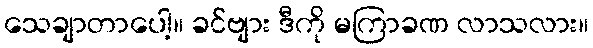
သေချာတာပေါ့။ ခင်ဗျား ဒီကို မကြာခဏ လာသလား။